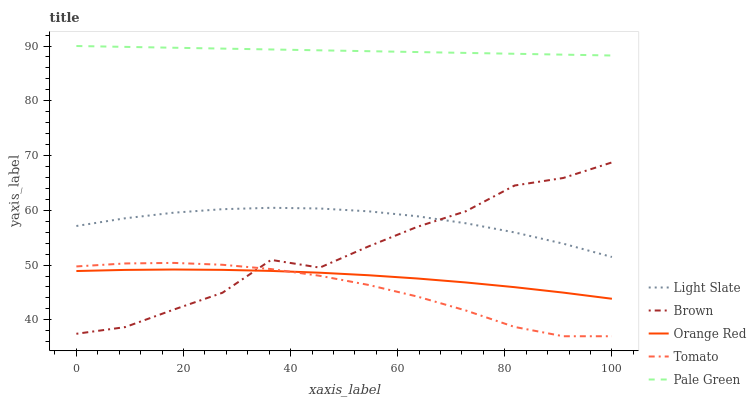
| xaxis_label | Light Slate | Brown | Orange Red | Tomato | Pale Green |
 | --- | --- | --- | --- | --- | --- |
 | 0 | 57.1 | 37.5 | 48.9 | 49.7 | 90 |
 | 9.09 | 58.5 | 38.7 | 49.1 | 50.3 | 89.8 |
 | 18.2 | 59.6 | 41.9 | 49.2 | 50.4 | 89.7 |
 | 27.3 | 60.2 | 44.9 | 49.1 | 50.1 | 89.5 |
 | 36.4 | 60.5 | 50.9 | 48.9 | 49.3 | 89.4 |
 | 45.5 | 60.3 | 49.5 | 48.6 | 48 | 89.2 |
 | 54.5 | 59.8 | 53.4 | 48.1 | 46.4 | 89.1 |
 | 63.6 | 58.9 | 57 | 47.5 | 44.3 | 88.9 |
 | 72.7 | 57.6 | 59.8 | 46.8 | 41.7 | 88.7 |
 | 81.8 | 56 | 64.5 | 46 | 38.7 | 88.6 |
 | 90.9 | 53.9 | 65.9 | 45 | 37 | 88.4 |
 | 100 | 51.5 | 68.7 | 43.8 | 37 | 88.3 |